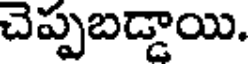
చెప్పబడ్డాయి.